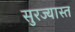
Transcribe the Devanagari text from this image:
सुरज्यास्त